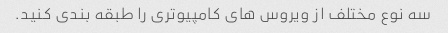
سه نوع مختلف از ویروس های کامپیوتری را طبقه بندی کنید.